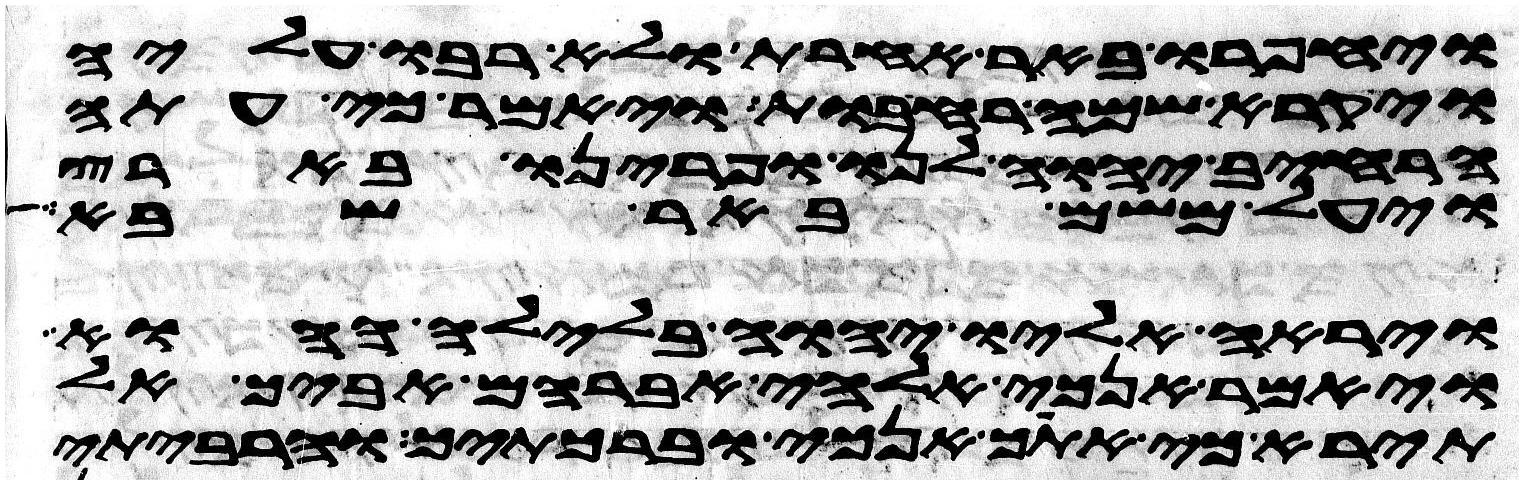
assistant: ויחפרו באר אחרת ולא רבו עליה
ויקרא שמה רחבות ויאמר כי עתה
הרחיב יהוה לנו ופרינו בארץ
ויעל משם באר שבע
וירא אליו יהוה בלילה ההוא
ויאמר אנכי אלהי אברהם אביך אל
תירא כי אתך אנכי וברכתיך והרביתי